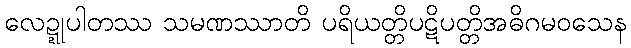
လေဍ္ဍုပါတဿ သမဏဿာတိ ပရိယတ္တိပဋိပတ္တိအဓိဂမဝသေန